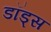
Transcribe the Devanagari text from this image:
डॉड्स